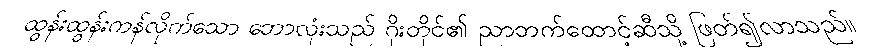
ထွန်းထွန်းကန်လိုက်သော ဘောလုံးသည် ဂိုးတိုင်၏ ညာဘက်ထောင့်ဆီသို့ ဖြတ်၍လာသည်။